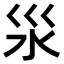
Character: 𣲂